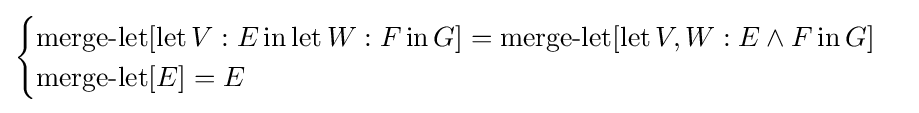
{\begin{cases}\operatorname {merge-let} [\operatorname {let} V:E\operatorname {in} \operatorname {let} W:F\operatorname {in} G]=\operatorname {merge-let} [\operatorname {let} V,W:E\land F\operatorname {in} G]\\\operatorname {merge-let} [E]=E\end{cases}}